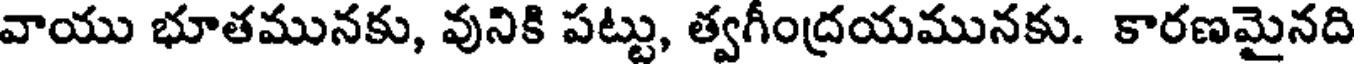
వాయు భూతమునకు, వునికి పట్టు, త్వగీంద్రయమునకు. కారణమైనది